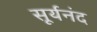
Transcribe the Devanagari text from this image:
सूर्यनंद